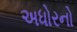
અધોરનો